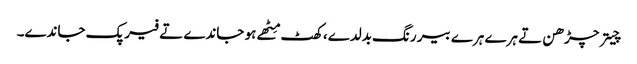
چیتر چڑھن تے ہرے ہرے بیر رنگ بدلدے، کھٹ مِٹھے ہو جاندے تے فیر پک جاندے۔